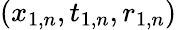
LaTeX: (x_{1,n},t_{1,n},r_{1,n})